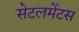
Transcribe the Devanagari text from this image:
सेटलमेंटस